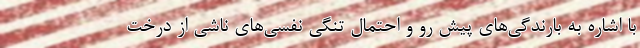
با اشاره به بارندگی‌های پیش رو و احتمال تنگی نفسی‌های ناشی از درخت